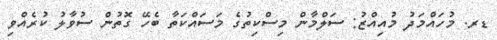
ޑރ. މުހައްމަދު މުއިއްޒު: ސަލްމާން މިސްކިތުގެ މަސައްކަތާ ބެހޭ ގޮތުން ސުވާލު ކުރެއްވި